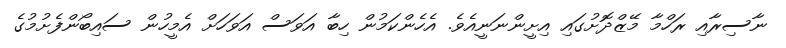
ނާސިރާއި ރަހްމާ މޭޒްދޮށުގައި އިށީންނަނީއެވެ. އެހެންކަމުން ހިބާ އަވަސް އަވަހަށް އެމީހުން ސައިބޯންފެށުމުގެ